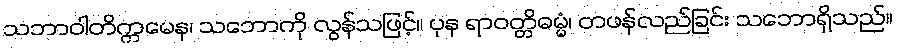
သဘာဝါတိက္ကမေန၊ သဘောကို လွန်သဖြင့်။ ပုန ရာဝတ္တိဓမ္မံ၊ တဖန်လည်ခြင်း သဘောရှိသည်။